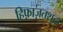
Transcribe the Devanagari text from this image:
हिफ़ाज़तशुदा